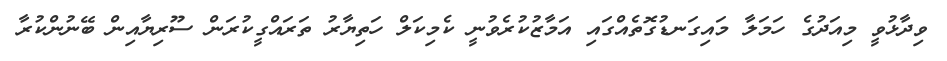
ވިދާޅުވީ މިއަދުގެ ހަމަލާ މައިގަނޑުގޮތެއްގައި އަމާޒުކުރެވުނީ ކެމިކަލް ހަތިޔާރު ތަރައްގީކުރަން ސޫރިޔާއިން ބޭނުންކުރާ